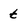
Character: t